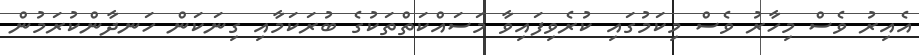
އެއިރު ވެސް މިހާރު ވެސް މިކަމުގައި ކުރެވިފައިވާ މަސައްކަތްތަކުގެ ބުރަކަމާއި ގިނަކަން ހަނދާންކުރަމުން